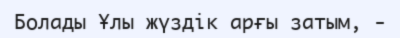
Болады Ұлы жүздік арғы затым, -